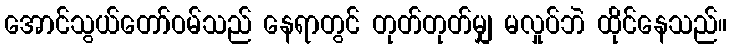
အောင်သွယ်တော်ဝမ်သည် နေရာတွင် တုတ်တုတ်မျှ မလှုပ်ဘဲ ထိုင်နေသည်။